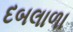
દબલાળા